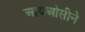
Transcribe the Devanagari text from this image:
आयओसीने